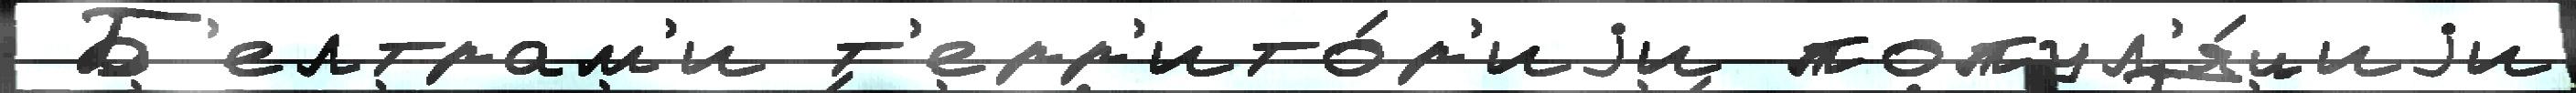
 Б'елтрам'и т'ерр'ито́р'иjи попул'я́циjи